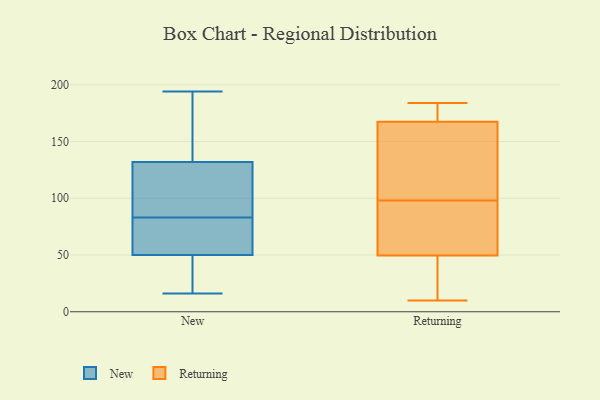
{"axis": {"x": "Backlog", "y": "Value"}, "legend": ["New", "Returning"], "data": [{"x": "", "y": 113, "type": "New"}, {"x": "", "y": 16, "type": "New"}, {"x": "", "y": 105, "type": "New"}, {"x": "", "y": 167, "type": "New"}, {"x": "", "y": 50, "type": "New"}, {"x": "", "y": 49, "type": "New"}, {"x": "", "y": 166, "type": "New"}, {"x": "", "y": 93, "type": "New"}, {"x": "", "y": 132, "type": "New"}, {"x": "", "y": 55, "type": "New"}, {"x": "", "y": 58, "type": "New"}, {"x": "", "y": 25, "type": "New"}, {"x": "", "y": 117, "type": "New"}, {"x": "", "y": 73, "type": "New"}, {"x": "", "y": 34, "type": "New"}, {"x": "", "y": 54, "type": "New"}, {"x": "", "y": 194, "type": "New"}, {"x": "", "y": 137, "type": "New"}, {"x": "", "y": 96, "type": "Returning"}, {"x": "", "y": 55, "type": "Returning"}, {"x": "", "y": 166, "type": "Returning"}, {"x": "", "y": 169, "type": "Returning"}, {"x": "", "y": 13, "type": "Returning"}, {"x": "", "y": 80, "type": "Returning"}, {"x": "", "y": 100, "type": "Returning"}, {"x": "", "y": 176, "type": "Returning"}, {"x": "", "y": 184, "type": "Returning"}, {"x": "", "y": 38, "type": "Returning"}, {"x": "", "y": 17, "type": "Returning"}, {"x": "", "y": 140, "type": "Returning"}, {"x": "", "y": 177, "type": "Returning"}, {"x": "", "y": 10, "type": "Returning"}, {"x": "", "y": 155, "type": "Returning"}, {"x": "", "y": 69, "type": "Returning"}, {"x": "", "y": 155, "type": "Returning"}, {"x": "", "y": 176, "type": "Returning"}, {"x": "", "y": 44, "type": "Returning"}, {"x": "", "y": 77, "type": "Returning"}]}